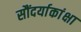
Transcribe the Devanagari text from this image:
सौंदर्याकांक्षा